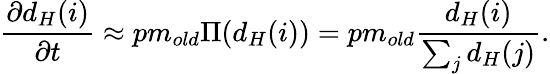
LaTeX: \frac{\partial d_{H}(i)}{\partial t}\approx pm_{old}\Pi(d_{H}(i))=pm_{old}\frac{d_{H}(i)}{\sum_{j}d_{H}(j)}.